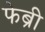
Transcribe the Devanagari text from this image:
फेब्री